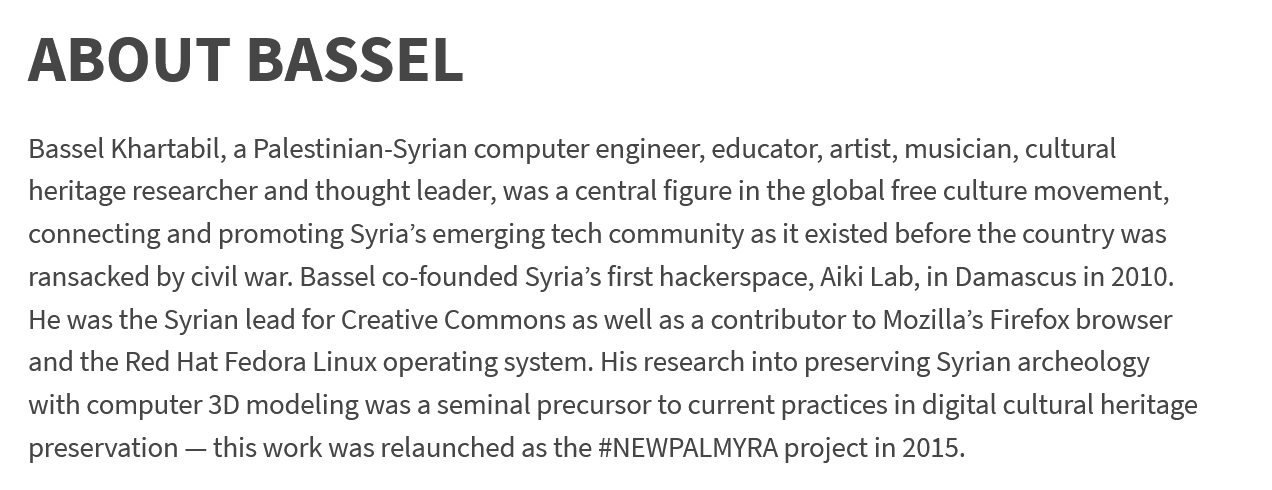
ABOUT    BASSEL
   Bassel Khartabil, a Palestinian-Syrian computer engineer, educator, artist, musician, cultural
   heritage researcher and thought leader, was a central figure in the global free culture movement,
   connecting and promoting Syria’s emerging tech community as it existed before the country was
   ransacked by civil war. Bassel co-founded Syria’s first hackerspace, Aiki Lab, in Damascus in 2010.
   He was the Syrian lead for Creative Commons as well as a contributor to Mozilla’s Firefox browser
   and the Red Hat Fedora Linux operating system. His research into preserving Syrian archeology
   with computer 3D modeling was a seminal precursor to current practices in digital cultural heritage
   preservation —
     this work was relaunched as the #NEWPALMYRA project in 2015.